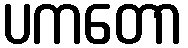
ပကတော